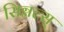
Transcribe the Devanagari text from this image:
सिग्नल्स्